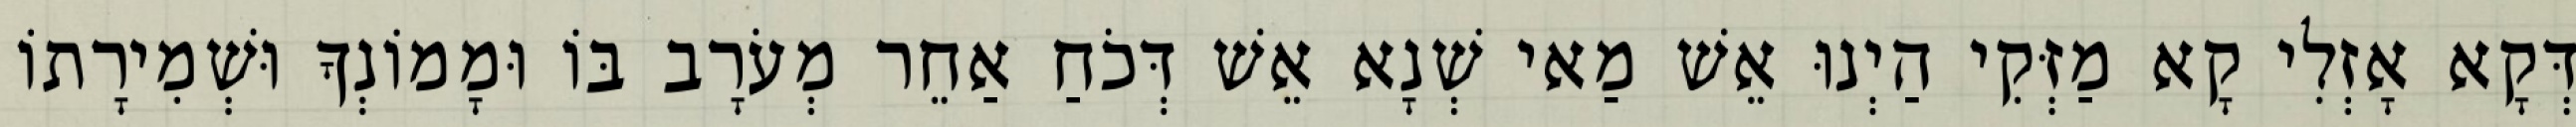
דְּקָא אָזְלִי קָא מַזְּקִי הַיְנוּ אֵשׁ מַאי שְׁנָא אֵשׁ דְּכֹחַ אַחֵר מְעֹרָב בּוֹ וּמָמוֹנְךָ וּשְׁמִירָתוֹ